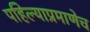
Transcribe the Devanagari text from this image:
पहिल्याप्रमाणेच